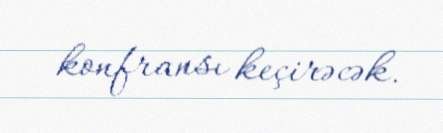
konfransı keçirəcək.